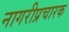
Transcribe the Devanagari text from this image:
नागरीप्रचारक